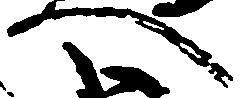
へ